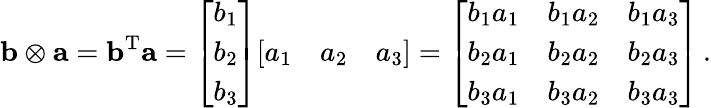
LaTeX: \mathbf{b}\otimes\mathbf{a}=\mathbf{b}^{\mathrm{T}}\mathbf{a}={\left[\begin{array}{l}{b_{1}}\\ {b_{2}}\\ {b_{3}}\end{array}\right]}{\left[\begin{array}{lll}{a_{1}}&{a_{2}}&{a_{3}}\end{array}\right]}={\left[\begin{array}{lll}{b_{1}a_{1}}&{b_{1}a_{2}}&{b_{1}a_{3}}\\ {b_{2}a_{1}}&{b_{2}a_{2}}&{b_{2}a_{3}}\\ {b_{3}a_{1}}&{b_{3}a_{2}}&{b_{3}a_{3}}\end{array}\right]}\, .